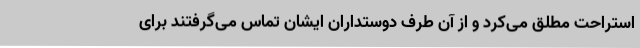
استراحت مطلق می‌کرد و از آن طرف دوستداران ایشان تماس می‌گرفتند برای